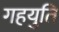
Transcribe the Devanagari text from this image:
गहयुति